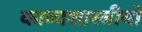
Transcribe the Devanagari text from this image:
काव्यशास्त्रीयो